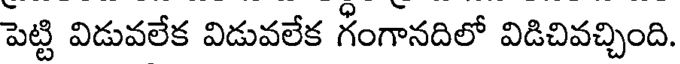
పెట్టి విడువలేక విడువలేక గంగానదిలో విడిచివచ్చింది.